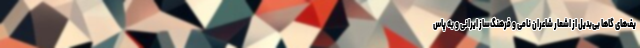
یف‌های گاها بی‌بدیل از اشعار شاعران نامی و فرهنگ‌ساز ایرانی و به پاس